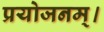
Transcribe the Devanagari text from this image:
प्रयोजनम्।